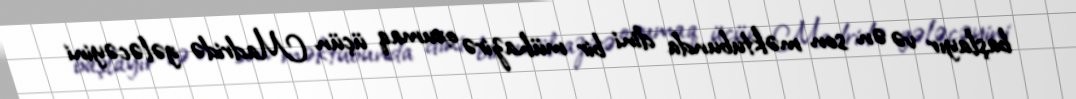
başlayır və ən son məktubunda dini bir mühazirə oxumaq üçün Madridə gələcəyini